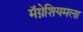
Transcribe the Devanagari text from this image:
मॅग्नेशियमला